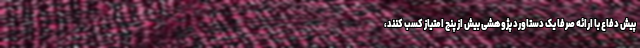
پیش دفاع با ارائه صرفاً یک دستاورد پژوهشی بیش از پنج امتیاز کسب کنند،